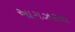
આગઝરતા